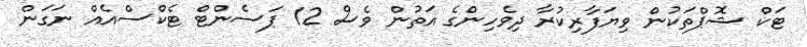
ޓަކް ޝޮޕްތަކުން ވިޔަފާރިކުރާ ދިވެހިންގެ އަތުން ވެސް 12 ޕަސެންޓް ޓެކްސްއެެއް ނަގަން